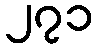
၂၇၁